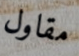
مقاول